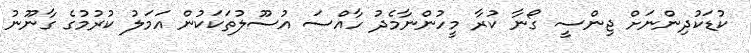
ކުޑަކުދިންނަށް ޖިންސީ ގޯނާ ކުރާ މީހުންނާމެދު ހާއްސަ އުސޫލުތަކަކުން އަމަލު ކުރުމުގެ ގާނޫނު